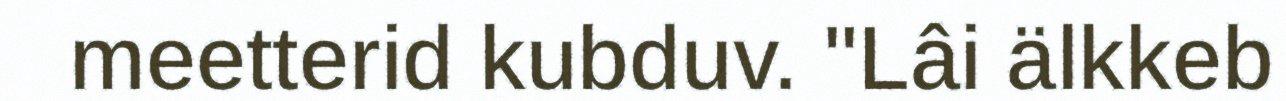
meetterid kubduv. "Lâi älkkeb